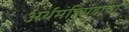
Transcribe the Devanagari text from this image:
अर्थमंत्रिपदाचा